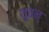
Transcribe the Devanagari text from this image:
थुवन्